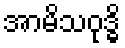
အာမိသဝုဒ္ဓိ